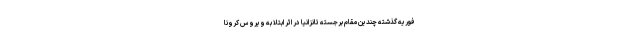
فوریه گذشته چندین مقام برجسته تانزانیا در اثر ابتلا به ویروس کرونا